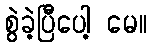
စွဲခဲ့ပြီပေါ့ မေ။